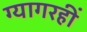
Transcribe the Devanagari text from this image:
ग्यागरहीं